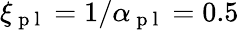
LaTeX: \xi_{\mathrm{~p~l~}}=1/\alpha_{\mathrm{~p~l~}}=0.5